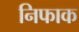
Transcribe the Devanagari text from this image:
निफाक